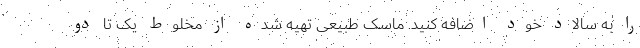
را به سالاد خود اضافه کنید. ماسک طبیعی تهیه شده از مخلوط یک تا دو